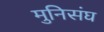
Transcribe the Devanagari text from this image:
मुनिसंघ